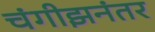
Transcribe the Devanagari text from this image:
चंगीझनंतर